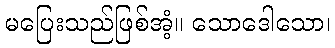
မပြေးသည်ဖြစ်အံ့။ သောဒေါသော၊